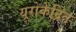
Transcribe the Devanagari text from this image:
यूरोकेंद्रित